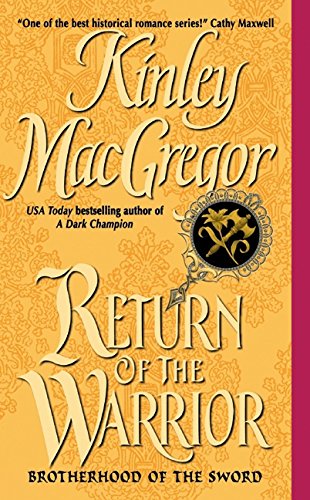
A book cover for Return of the Warrior (Brotherhood of the Sword, Book 2); Kinley MacGregor; Cookbooks, Food & Wine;